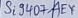
Text: Si9407AEY